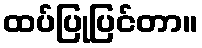
ထပ်ပြုပြင်တာ။